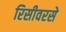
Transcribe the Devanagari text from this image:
रिसीवरसे